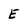
Character: E